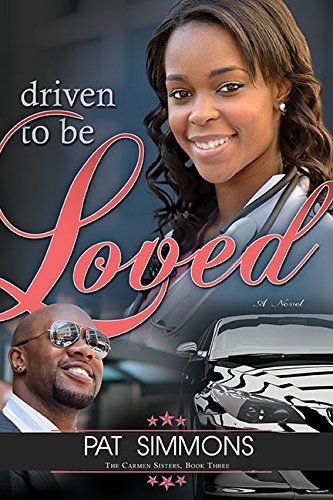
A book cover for Driven To Be Loved (Carmen Sisters); Pat Simmons; Literature & Fiction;